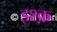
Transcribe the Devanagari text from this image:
इश्‍क़